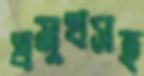
প্রমুখসহ